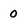
Character: 0